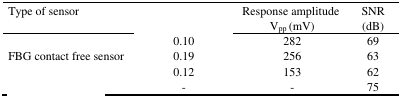
<table><thead><tr><td><b>Type of sensor</b></td><td>[EMPTY_CELL]</td><td><b>Response amplitude V<sub>pp</sub> (mV)</b></td><td><b>SNR (dB)</b></td></tr></thead><tbody><tr><td>[EMPTY_CELL]</td><td>0.10</td><td>282</td><td>69</td></tr><tr><td>FBG contact free sensor</td><td>0.19</td><td>256</td><td>63</td></tr><tr><td>[EMPTY_CELL]</td><td>0.12</td><td>153</td><td>62</td></tr><tr><td>[EMPTY_CELL]</td><td>-</td><td>-</td><td>75</td></tr></tbody></table>